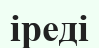
іреді